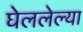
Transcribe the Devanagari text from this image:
घेललेल्या